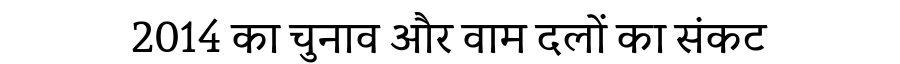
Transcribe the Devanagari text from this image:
2014 का चुनाव और वाम दलों का संकट